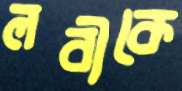
লবীকে